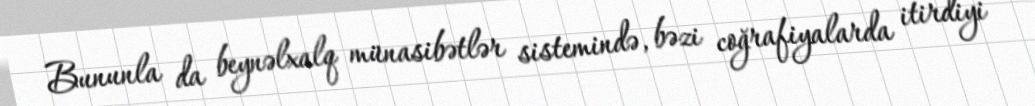
Bununla da beynəlxalq münasibətlər sistemində, bəzi coğrafiyalarda itirdiyi